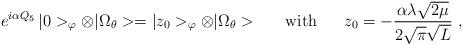
LaTeX: \begin{align*}e^{i\alpha Q_5}\,|0>_\varphi\otimes|\Omega_\theta>=|z_0>_\varphi\otimes|\Omega_\theta>\ \ \ \ \ {\rm with}\ \ \ \ \ z_0=-\frac{\alpha\lambda\sqrt{2\mu}}{2\sqrt{\pi}\sqrt{L}}\ ,\end{align*}